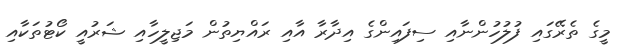
މީގެ ތެރޭގައި ފުލުހުންނާއި ސިފައިންގެ އިދާރާ އާއި ރައްޔިތުން މަޖިލީހާއި ޝަރުއީ ކޯޓުތަކާއި